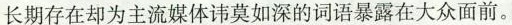
长期存在却为主流媒体讳莫如深的词语暴露在大众面前。